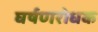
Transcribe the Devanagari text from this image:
घर्षणरोधक